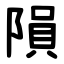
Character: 隕